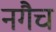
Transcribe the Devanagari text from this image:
नगैच